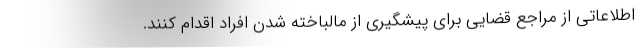
اطلاعاتی از مراجع قضایی برای پیشگیری از مالباخته شدن افراد اقدام کنند.